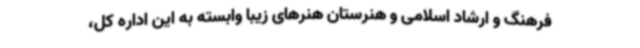
فرهنگ و ارشاد اسلامی و هنرستان هنرهای زیبا وابسته به این اداره کل،